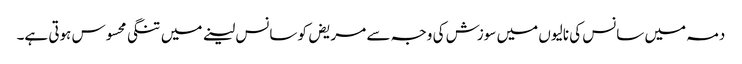
دمہ میں سانس کی نالیوں میں سوزش کی وجہ سے مریض کو سانس لینے میں تنگی محسوس ہوتی ہے۔